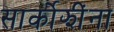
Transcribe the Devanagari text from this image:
सार्कोझींना